Lunatic asylums Burma 1907-21 - 1907-1921
Year: 1907
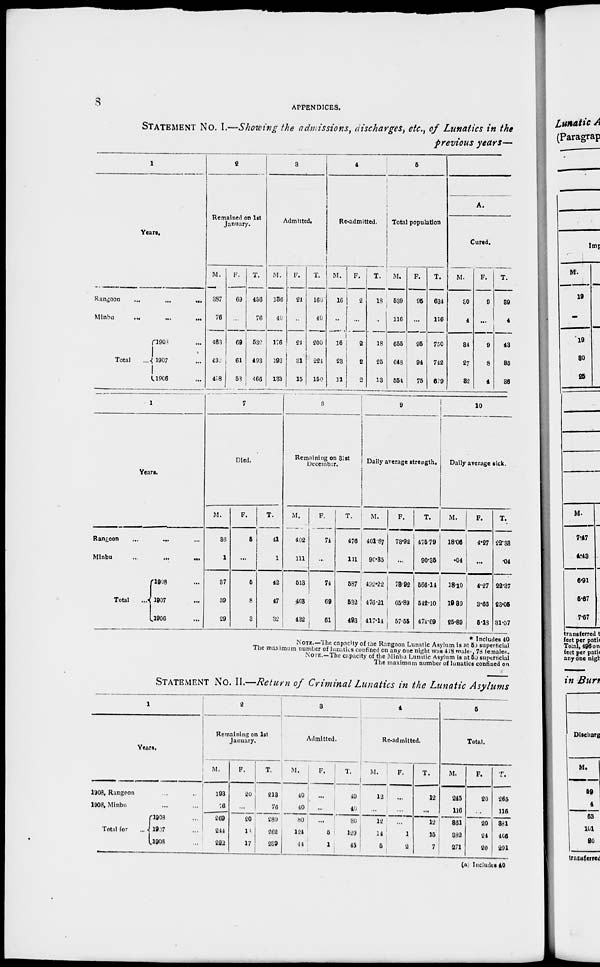
8
APPENDICES.
STATEMENT No. I.—Showing the admissions, discharges, etc., of Lunatics in the
previous years—
1
Years.
Rangoon
...
...
...
Minbu
...
...
...
Total
...
1908 ...
1907 ...
1906 ...
2
Remained on 1st
January.
M.
387
76
463
432
408
F.
69
...
69
61
53
T.
456
76
532
493
466
3
Admitted,
M.
136
40
176
193
133
F.
24
...
24
81
15
T.
160
40
200
221
150
4
Readmitted.
M.
16
...
16
23
11
F.
2
...
2
2
2
T.
18
18
25
13
5
Total population
M.
539
116
655
648
554
F.
95
...
95
94
75
T.
634
116
750
742
629
A.
Cured.
M.
80
4
34
27
32
F.
9
...
9
8
4
T.
89
4
43
35
36
1
Years.
Rangoon... ... ...
Minbu
...
...
...
Total
...
1908 ...
1907 ...
1906 ...
7
Died.
M.
36
1
37
39
29
F.
5
...
6
8
3
T.
41
1
42
47
32
8
Remaining on 31st
December.
M.
402
111
513
408
432
F.
74
...
74
69
61
T.
476
111
587
532
493
9
Daily average strength.
M.
401.87
90.35
492.22
476.21
417.14
F.
73.92
...
78.92
65.89
57.55
T.
475.79
90.35
566.14
512.10
474.69
10
Daily average sick.
M.
18.06
.04
18.10
19.89
25.89
F.
4.27
...
4.27
3.66
513
T.
22.38
.04
22.37
23.05
31.07
* Includes 40
NOTE.—The capacity of the Rangoon Lunatic Asylum is at 50 superficial
The maximum number of lunatics confined on any one night was 418 males, 78 females.
NOTE.—The capacity of the Minbu Lunatic Asylum is at 50 superficial
The maximum number of lunatics confined on
STATEMENT No. II.—Return of Criminal Lunatics in the Lunatic Asylums
1
Years.
1908, Rangoon ... ...
1908, Minbu ... ...
Total for ...
1908 ...
1907 ...
1906 ...
2
Remaining on 1st
January.
M.
193
76
269
244
222
F.
20
...
20
18
17
213
76
289
262
239
3
Admitted.
M.
40
40
80
124
.14
F.
...
...
...
5
1
T.
40
40
80
129
45
4
Readmitted.
M.
12
...
12
14
5
F.
...
...
...
1
2
T.
12
...
12
15
7
5
Total.
M.
245
116
361
382
271
F.
20
...
20
24
20
T.
265
116
381
406
291
(a) Includes 40